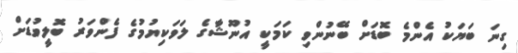
ގިނަ ބަޔަކު އެންމެ ބޮޑަށް ބޭނުންވި ކަމަކީ އުނޫޝާގެ ލަވަކިޔުމުގެ ފެންވަރު ބޮލީވުޑަށް